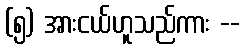
(၅) အားငယ်ဟူသည်ကား --